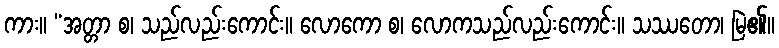
ကား။ “အတ္တာ စ၊ သည်လည်းကောင်း။ လောကော စ၊ လောကသည်လည်းကောင်း။ သဿတော၊ မြဲ၏။